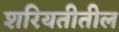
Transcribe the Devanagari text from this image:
शरियतीतील